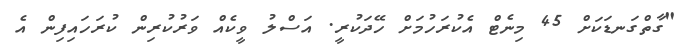
"ގާތްގަނޑަކަށް 45 މިނެޓް އެކުރަހުމަށް ހޭދަކުރީ. އަސްލު ވީކެއް ވަރުކުރިން ކުރަހައިފިން އެ